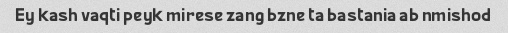
Ey kash vaqti peyk mirese zang bzne ta bastania ab nmishod